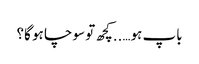
باپ ہو…..کچھ تو سوچا ہو گا؟